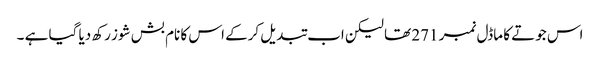
اس جوتے کا ماڈل نمبر 271 تھا لیکن اب تبدیل کرکے اس کا نام بش شوز رکھ دیا گیا ہے ۔